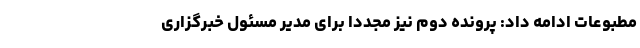
مطبوعات ادامه داد: پرونده دوم نیز مجدداً برای مدیر مسئول خبرگزاری